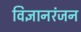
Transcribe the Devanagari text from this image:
विज्ञानरंजन